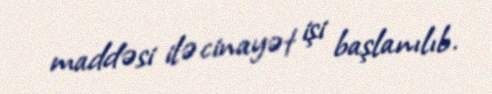
maddəsi ilə cinayət işi başlanılıb.